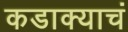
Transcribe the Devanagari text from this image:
कडाक्याचं